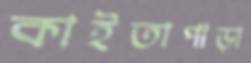
কাইতাপাড়া